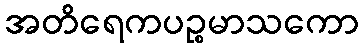
အတိရေကပဉ္စမာသကော